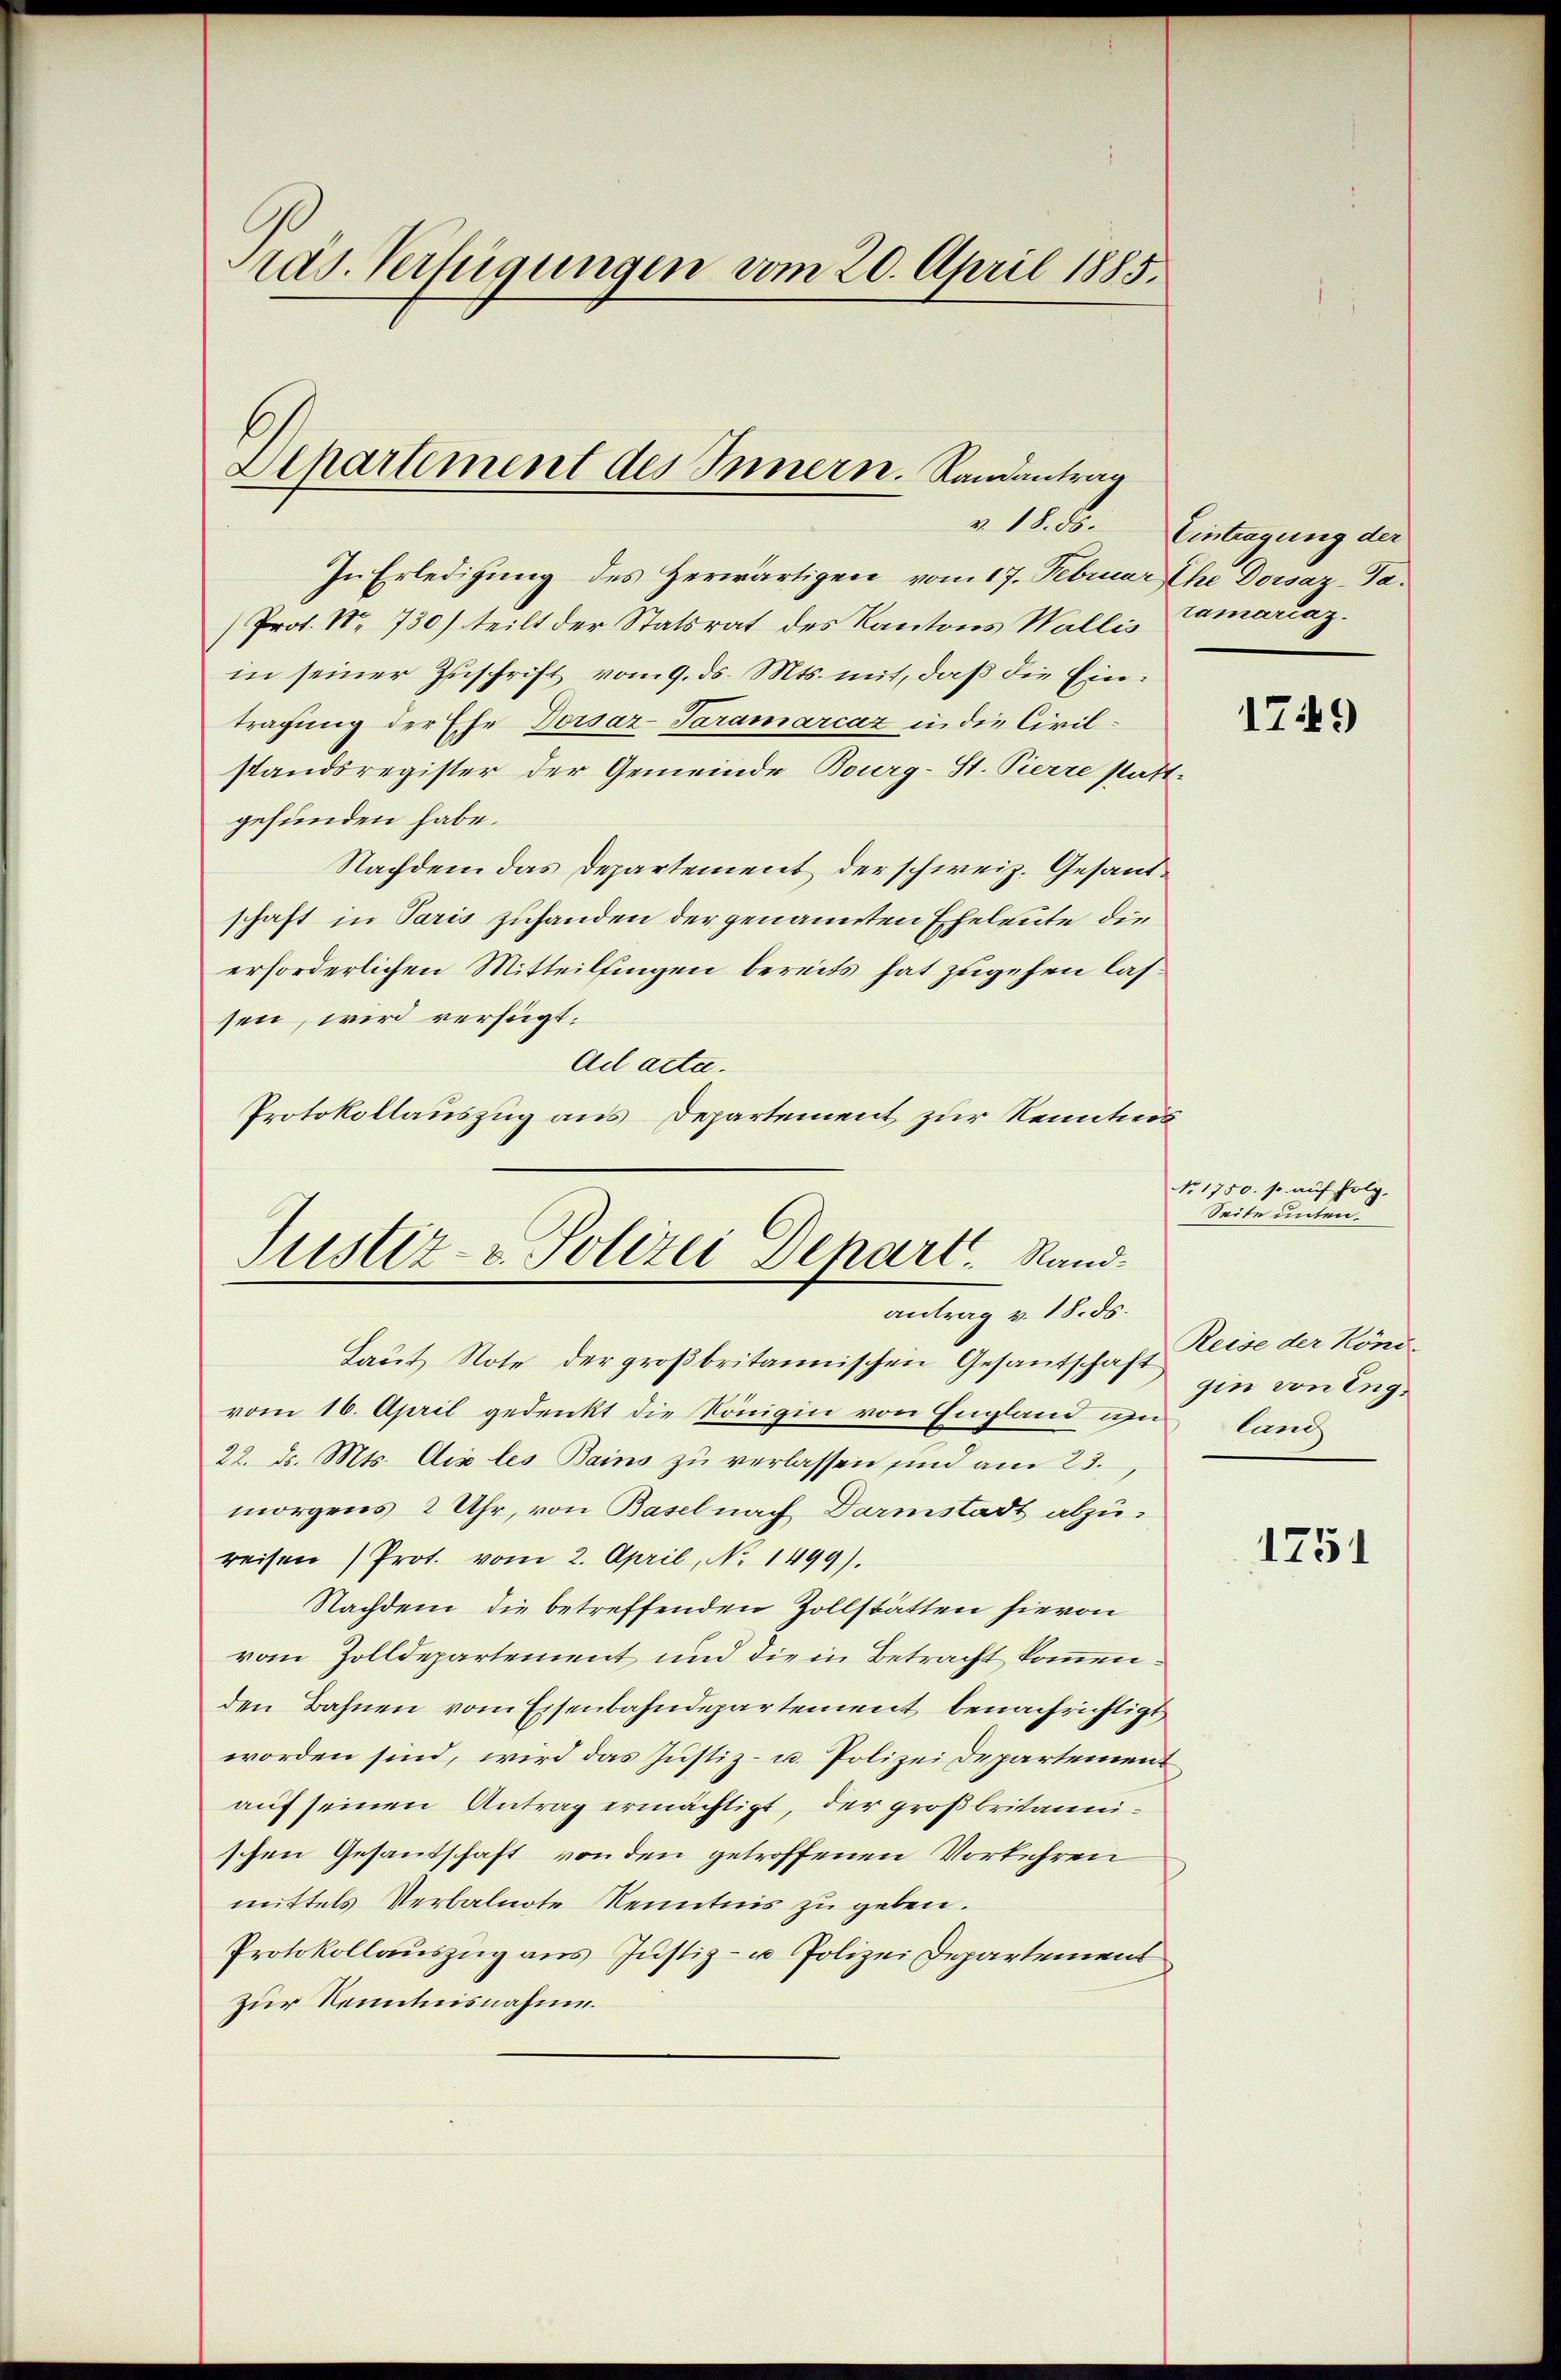
rad. Verfügungen vom 20. April 1885.

Departement des Innern. Landantrag

In Erledigung des Herwärtigen vom 17. Februar Ihre Dorsaz-Ta.
Prot. No 730) teilt der Statsrat des Kantons Wallis Tamarcaz.
in seiner Zuschrift vom 9. ds. Mts. mit, daß die Eintragung der Ehe Dorsar-Taramarcaz in die Civilstandsregister der Gemeinde Bourg-St. Pierre statt-
gefunden habe.
Nachdem das Departement der schweiz. Gesandschaft in Paris zuhanden der genannten Eheleute die
erforderlichen Mitteilsingen bereits hat zugehen lassen, wird verfügt:
Ad acta.
Protokollauszug aus Departement zur Kenntnis
Laut Note der großbritannischen Gesantschaft Reise der Köni-
vom 16. April gedenkt die Königin von England zu land
22. ds. Mts. di les Bains zu verlassen sind am 23.
morgens 2 Uhr, von Basel nach Darmstadt abzureisen (Prot. vom 2. April, No. 1499).
Nachdem die betreffenden Zollstätten hievon
vom Zolldepartement und die in Betracht kommen.
den Bahnen vom Eisenbahndepartement benachrichtigt
worden sind, wird das Justiz- u. Polizei Departement
auf seinen Antrag ermächtigt, der großbritannischen Gesandschaft von den getroffenen Vorkehren
mittels Verbalnote Kenntnis zu geben.
Protokollauszug aus Justiz- u Polizei Departement
zur Kenntnisnahme.

Justiz- & Polizei Depart. Sandantrag v. 18. ds.

v. 18. ds. Eintragung der

1749

No. 1750. so auf folg.
Seite unten.
gin von Eng.

1751